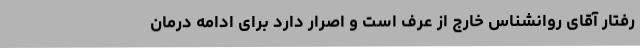
رفتار آقای روانشناس خارج از عرف است و اصرار دارد برای ادامه درمان